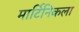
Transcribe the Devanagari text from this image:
मार्टिनिकला